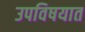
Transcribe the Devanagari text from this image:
उपविषयात